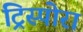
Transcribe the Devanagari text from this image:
ट्रिस्पोरा